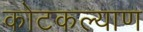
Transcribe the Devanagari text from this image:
कोटकल्याण